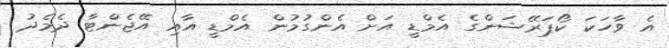
އެ ވާހަކަ ކޯޕަރޭޝަންގެ އެމްޑީ އަށް އެންގުމުން އެމްޑީ އާއި އޭޖެންޓާ ދެމެދު